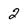
Character: 2